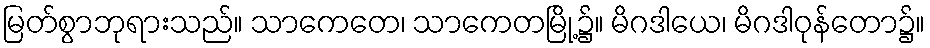
မြတ်စွာဘုရားသည်။ သာကေတေ၊ သာကေတမြို့၌။ မိဂဒါယေ၊ မိဂဒါဝုန်တော၌။